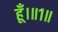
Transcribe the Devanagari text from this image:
हूँ।॥१॥